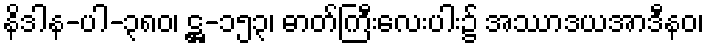
နိဒါန-ပါ-၃၈၀၊ ဋ္ဌ-၁၅၃၊ ဓာတ်ကြီးလေးပါး၌ အဿာဒယအာဒီနဝ၊